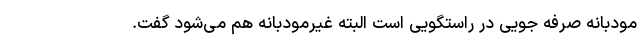
مودبانه صرفه جویی در راستگویی است البته غیرمودبانه هم می‌شود گفت.